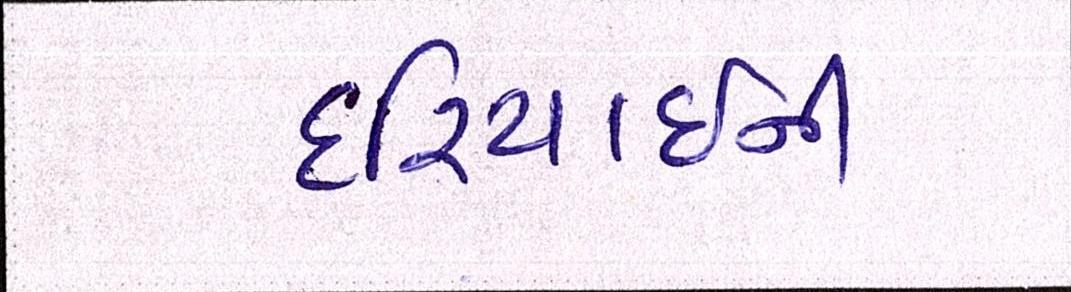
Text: દરિયાઈની